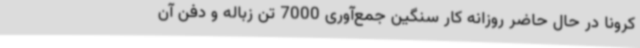
کرونا در حال حاضر روزانه کار سنگین جمع‌آوری 7000 تن زباله و دفن آن